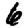
Digit: 6